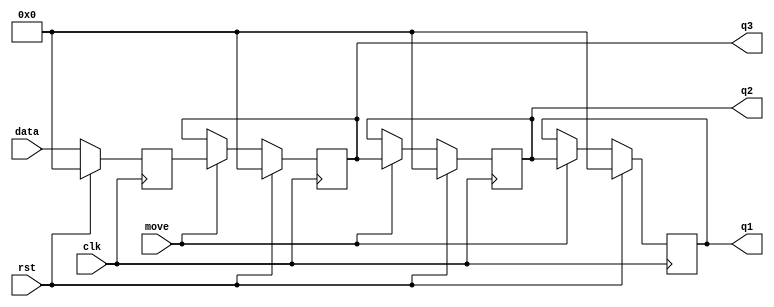
/*QX, CAAD, BU
*/

module row_buffer(
	rst,
	clk,
	move, //every 49 cycles, move high for one cycle
	data,
	q1,
	q2,
	q3  //closet to the current p4
);


parameter WIDTH=32;
parameter DEPTH=4;

input wire rst,clk,move;
input wire [WIDTH-1:0] data;
output wire [WIDTH-1:0] q1, q2, q3;

/* Using for-loop */
reg [WIDTH-1:0] FIFO [0:DEPTH-1];
genvar i;

generate
for(i=DEPTH-1; i > 0; i = i-1) 
	begin: shifing
	always@(posedge clk)
		if(rst) begin
			FIFO[i] <= 'b0;
		end
		else if (move) begin
			FIFO[i] <= FIFO[i-1];
		end
	end
endgenerate

always@(posedge clk)	
	begin
	if(rst)
		begin
		FIFO[0] <= 'b0;
		end
	else begin
		FIFO[0] <= data;
	end
	end


assign q1= FIFO[DEPTH-1];
assign q2= FIFO[DEPTH-2];
assign q3= FIFO[DEPTH-3];  
	 
endmodule